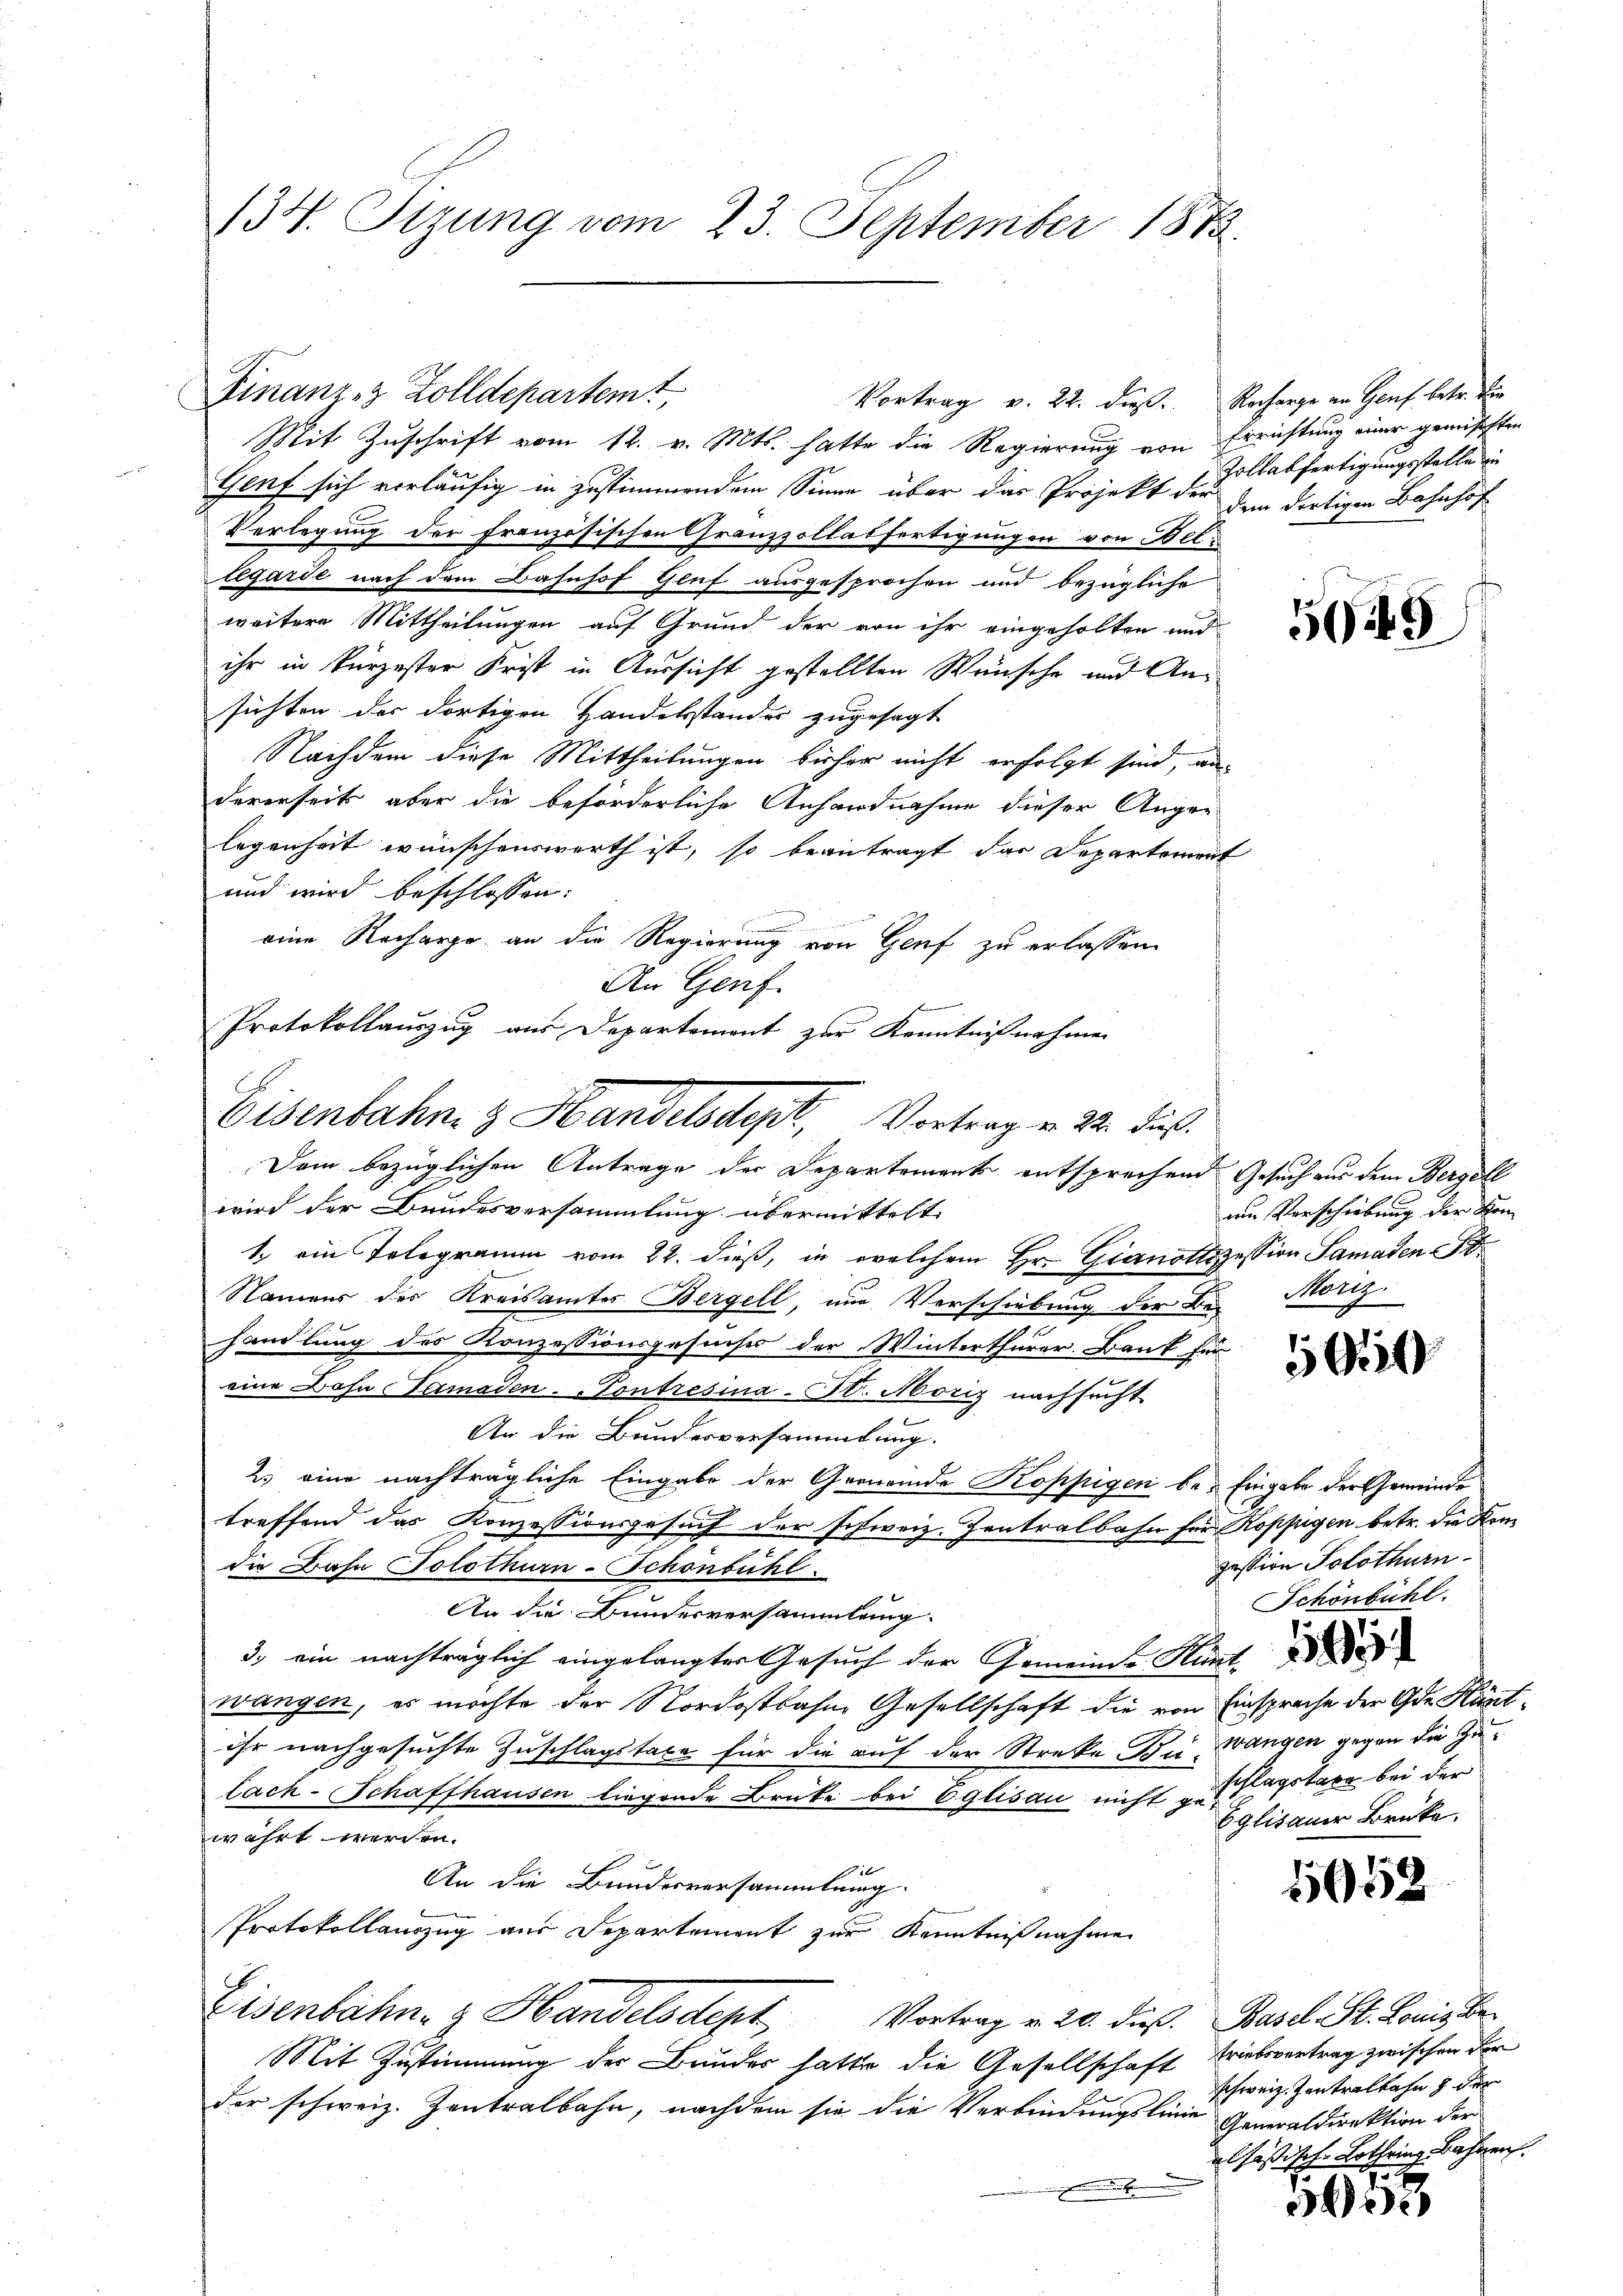
134. Sizung vom 23. September 1873.

Finanz- & Zolldepartem
Mit Zuschrift vom 12. v. Mts. hatte die Regierung von Errichtung einer gemischten
Genf sich vorläufig in zustimmendem Sinne über das Projekt der dem dortigen Bahnhof
Verlegung der französischen Granzzollabfertigungen von Bellegarde nach dem Bahnhof Gluf ausgesprochen und bezügliche
weitere Mittheilungen auf Grund der von ihr eingeholten und
ihr in kürzester Frist in Aussicht gestellten Wünsche und Ansichten der dortigen Handelstander zugesagt
Nachdem diese Mittheilungen bisher nicht erfolgt sind, andererseits aber die beförderliche Anhandnahme dieser Anger
legenheit wünschenswerth ist, so beantragt das Departement
und wird beschlossen:
eine Recharge an die Regierung von Genf zu erlassen.
An Genf.
Protokollauszug aus Departement zur Kenntnißnahmen

Eisenbahn & Handelsdept, Vortrag v. 24. dieß.
Dem bezüglichen Antrage der Departement entsprechend Gesuch aus dem Bergell

Vortrag v. 22. dieß. Recharge an Genf betr. die

Zollabfertigungsstelle in

wird der Bundesversammlung übermittelt
1. ein Telegramm vom 22. dieß, in welchem Hr. Gianotizession Samaden 18
h
Namens des Kreisämter Bergell, nur Vorschiebung der Be-
.
handlung des Konzessionsgesuches der Winterthurer. Bank für
eine Bohn Samaden-Contresina-St. Moriz nachsucht.
An die Bundesversammlung.
2. eine nachträgliche Eingabe der Gemeinde Koppigen be- Eingabe der Gemeinde
treffend das Konzessionsgesuch der schweiz. Zentralbahn für Kopfigen betr. die Kom
die Bahn Solothurn-Schönbühl.
An die Bundesversammlung.
3.) ein nachträglich eingelangter Gesuch der Gemeinde Hüntwangen, es möchte der Nordostbahne Gesellschaft die von Einsprache der Gde Kantihr nachgesuchte Zuschlagstaxe für die auf der Streke Bei Wangen gegen die Zulach-Schaffhausen liegende Brüke bei Eglisau nicht zu schlagstaxe bei der
währt werden.
16
An die Bundesversammlung
Protokollauszug aus Departement zur Kenntnißnahme
Eisenbahn- & Handelsdept,
Vortrag v. 20. dieß. Basel. St. Louis Be¬
Mit Zustimmung des Bunder hatte die Gesellschaft Triebsvertrag zwischen der
der schweiz. Zentralbahn, nachdem sie die Verbindungslinie Generaldirektion der

55

an Verschiebung der Kon-

1050

zession Solothurn
Schönbühl.

Eglisauer Brüke

1565

schweiz. Zentralbahn & der
elsassische Lothring Bahnen.

i
d